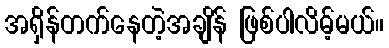
အရှိန်တက်နေတဲ့အချိန် ဖြစ်ပါလိမ့်မယ်။